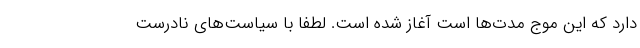
دارد که این موج مدت‌ها است آغاز شده است. لطفاً با سیاست‌های نادرست